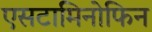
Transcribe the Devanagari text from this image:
एसटामिनोफिन